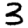
Digit: 3